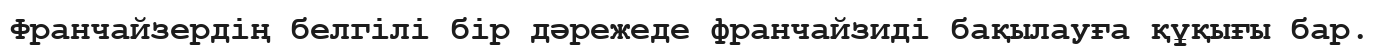
Франчайзердің белгілі бір дәрежеде франчайзиді бақылауға құқығы бар.